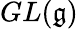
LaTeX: GL({\mathfrak{g}})